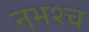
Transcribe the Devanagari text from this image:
नभश्च